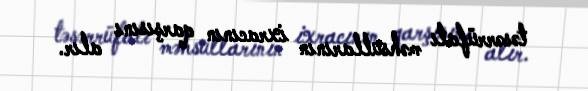
təsərrüfatı məhsullarının ixracının qarşısını alır.